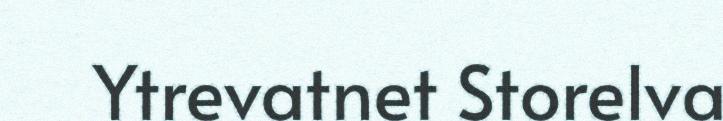
Ytrevatnet Storelva